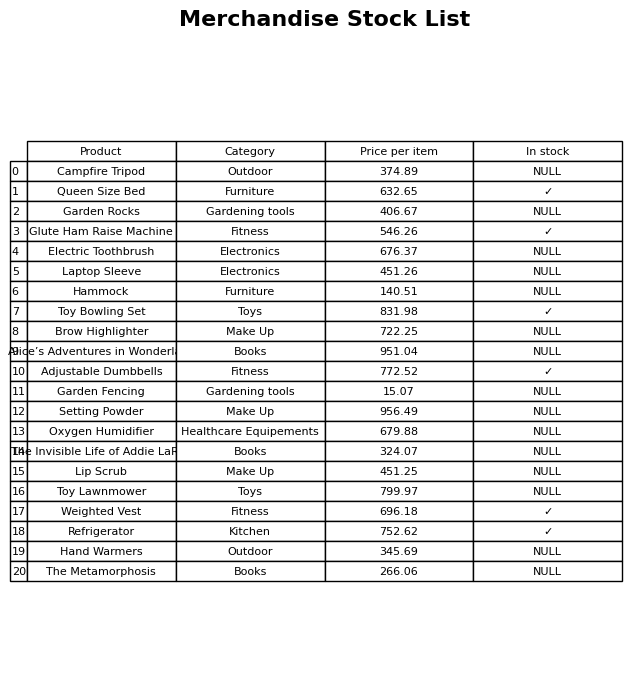
question: What is the price of the Lip Scrub?
answer: The price of Lip Scrub is 451.25.